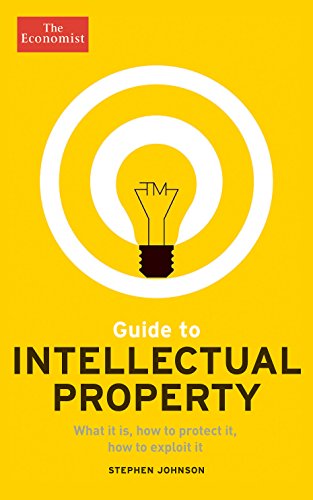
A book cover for Guide to Intellectual Property: What it is, how to protect it, how to exploit it (Economist Books); The Economist; Law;